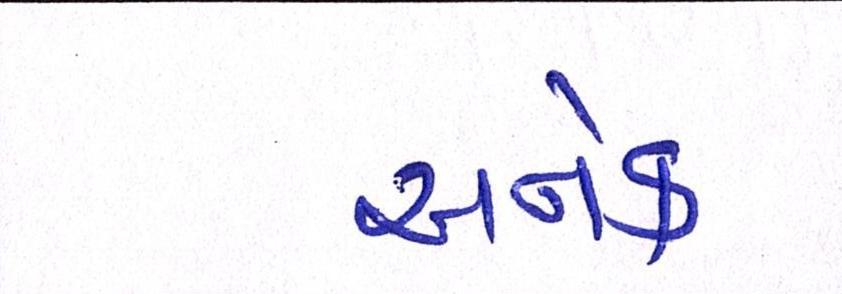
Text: અનેક